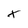
Character: x